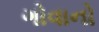
ગોવાનો